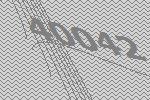
40042